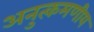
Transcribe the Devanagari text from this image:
अनुत्कमणीय